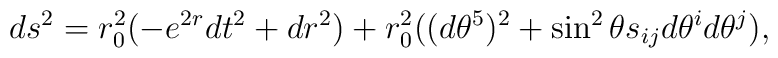
ds^2=r_0^2(-e^{2r}dt^2+dr^2)+r_0^2((d\theta^5)^2+\sin^2\theta s_{ij}d\theta^id\theta^j),